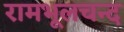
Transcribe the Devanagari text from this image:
रामभूलचन्द